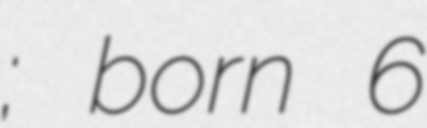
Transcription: गुरू; born 6